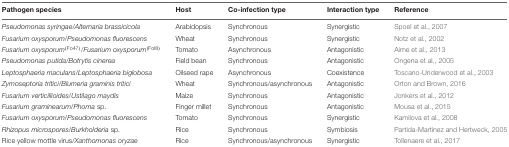
| Pathogen species | Host | Co-infection type | Interaction type | Reference |
 | --- | --- | --- | --- | --- |
 | Pseudomonas syringae/Alternaria brassicicola | Arabidopsis | Synchronous | Synergistic | Spoel et al., 2007 |
 | Fusarium oxysporum/Pseudomonas fluorescens | Wheat | Synchronous | Synergistic | Notz et al., 2002 |
 | Fusarium oxysporum(Fo47)/Fusarium oxysporum(Fol8) | Tomato | Asynchronous | Antagonistic | Aime et al., 2013 |
 | Pseudomonas putida/Botrytis cinerea | Field bean | Synchronous | Antagonistic | Ongena et al., 2005 |
 | Leptosphaeria maculans/Leptosphaeria biglobosa | Oilseed rape | Asynchronous | Coexistence | Toscano-Underwood et al., 2003 |
 | Zymoseptoria tritici/Blumeria graminis tritici | Wheat | Synchronous/asynchronous | Antagonistic | Orton and Brown, 2016 |
 | Fusarium verticillioides/Ustilago maydis | Maize | Synchronous | Antagonistic | Jonkers et al., 2012 |
 | Fusarium graminearum/Phoma sp. | Finger millet | Synchronous | Antagonistic | Mousa et al., 2015 |
 | Fusarium oxysporum/Pseudomonas fluorescens | Tomato | Synchronous | Synergistic | Kamilova et al., 2008 |
 | Rhizopus microspores/Burkholderia sp. | Rice | Synchronous | Symbiosis | Partida-Martinez and Hertweck, 2005 |
 | Rice yellow mottle virus/Xanthomonas oryzae | Rice | Synchronous/asynchronous | Synergistic | Tollenaere et al., 2017 |